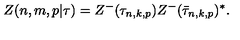
Z ( n , m , p | \tau ) = Z ^ { - } ( \tau _ { n , k , p } ) Z ^ { - } ( \bar { \tau } _ { n , k , p } ) ^ { * } .